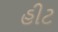
હીટ